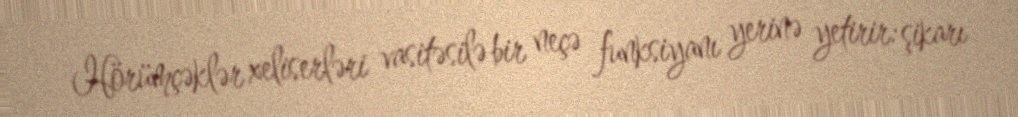
Hörümçəklər xeliserləri vasitəsilə bir neçə funksiyanı yerinə yetirir: şikarı